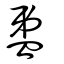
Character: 盄